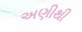
અણીથી